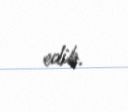
edib.